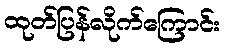
ထုတ်ပြန်လိုက်ကြောင်း